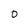
Character: 0